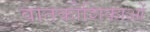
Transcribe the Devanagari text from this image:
वातकोशिकाओं